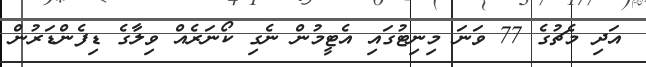
އަދި މެޗުގެ 77 ވަނަ މިނިޓުގައި އެޓީމުން ނެގި ކޯނަރެއް ވިލާގެ ޑިފެންޑަރުން